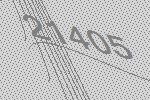
21405